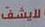
لل